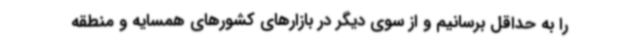
را به حداقل برسانیم و از سوی دیگر در بازارهای کشورهای همسایه و منطقه